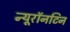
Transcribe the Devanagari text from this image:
न्यूरॉनटिन